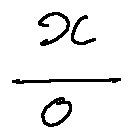
\frac { x } { 0 }